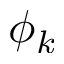
\phi _ { k }